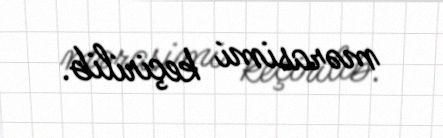
mərasimi keçirilib.